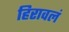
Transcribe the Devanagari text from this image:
हिरावलं